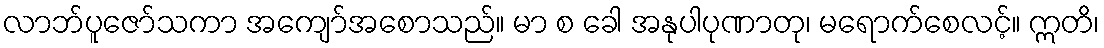
လာဘ်ပူဇော်သကာ အကျော်အစောသည်။ မာ စ ခေါ အနုပါပုဏာတု၊ မရောက်စေလင့်။ ဣတိ၊